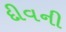
દીવની